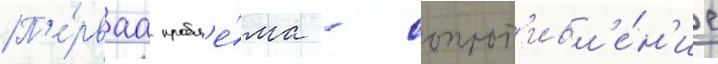
П'е́рваа пробл'е́ма - сопрот'ивл'е́н'ие